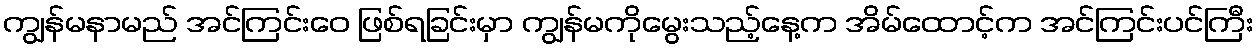
ကျွန်မနာမည် အင်ကြင်းဝေ ဖြစ်ရခြင်းမှာ ကျွန်မကိုမွေးသည့်နေ့က အိမ်ထောင့်က အင်ကြင်းပင်ကြီး